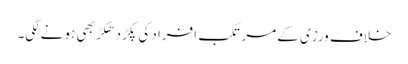
خلاف ورزی کے مرتکب افراد کی پکڑ دھکڑ بھی ہونے لگی۔